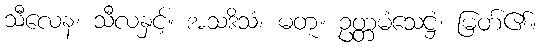
သီလေန၊ သီလနှင့်။ အသဒိသံ၊ မတူ။ ဥတ္တမံသေဋ္ဌံ၊ မြတ်၏။